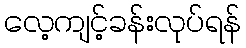
လေ့ကျင့်ခန်းလုပ်ရန်